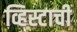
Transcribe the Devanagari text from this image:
व्हिस्टाची